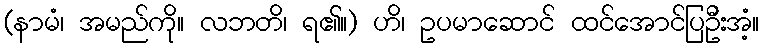
(နာမံ၊ အမည်ကို။ လဘတိ၊ ရ၏။) ဟိ၊ ဥပမာဆောင် ထင်အောင်ပြဦးအံ့။